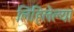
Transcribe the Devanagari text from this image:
लिहिलेल्‍या